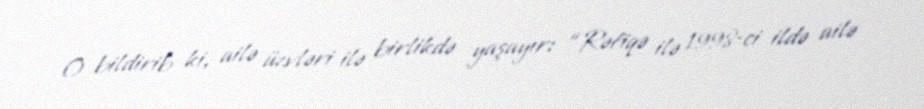
O bildirib ki, ailə üzvləri ilə birlikdə yaşayır: “Rəfiqə ilə 1998-ci ildə ailə